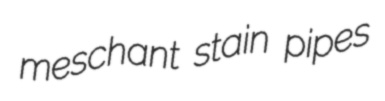
meschant stain pipes